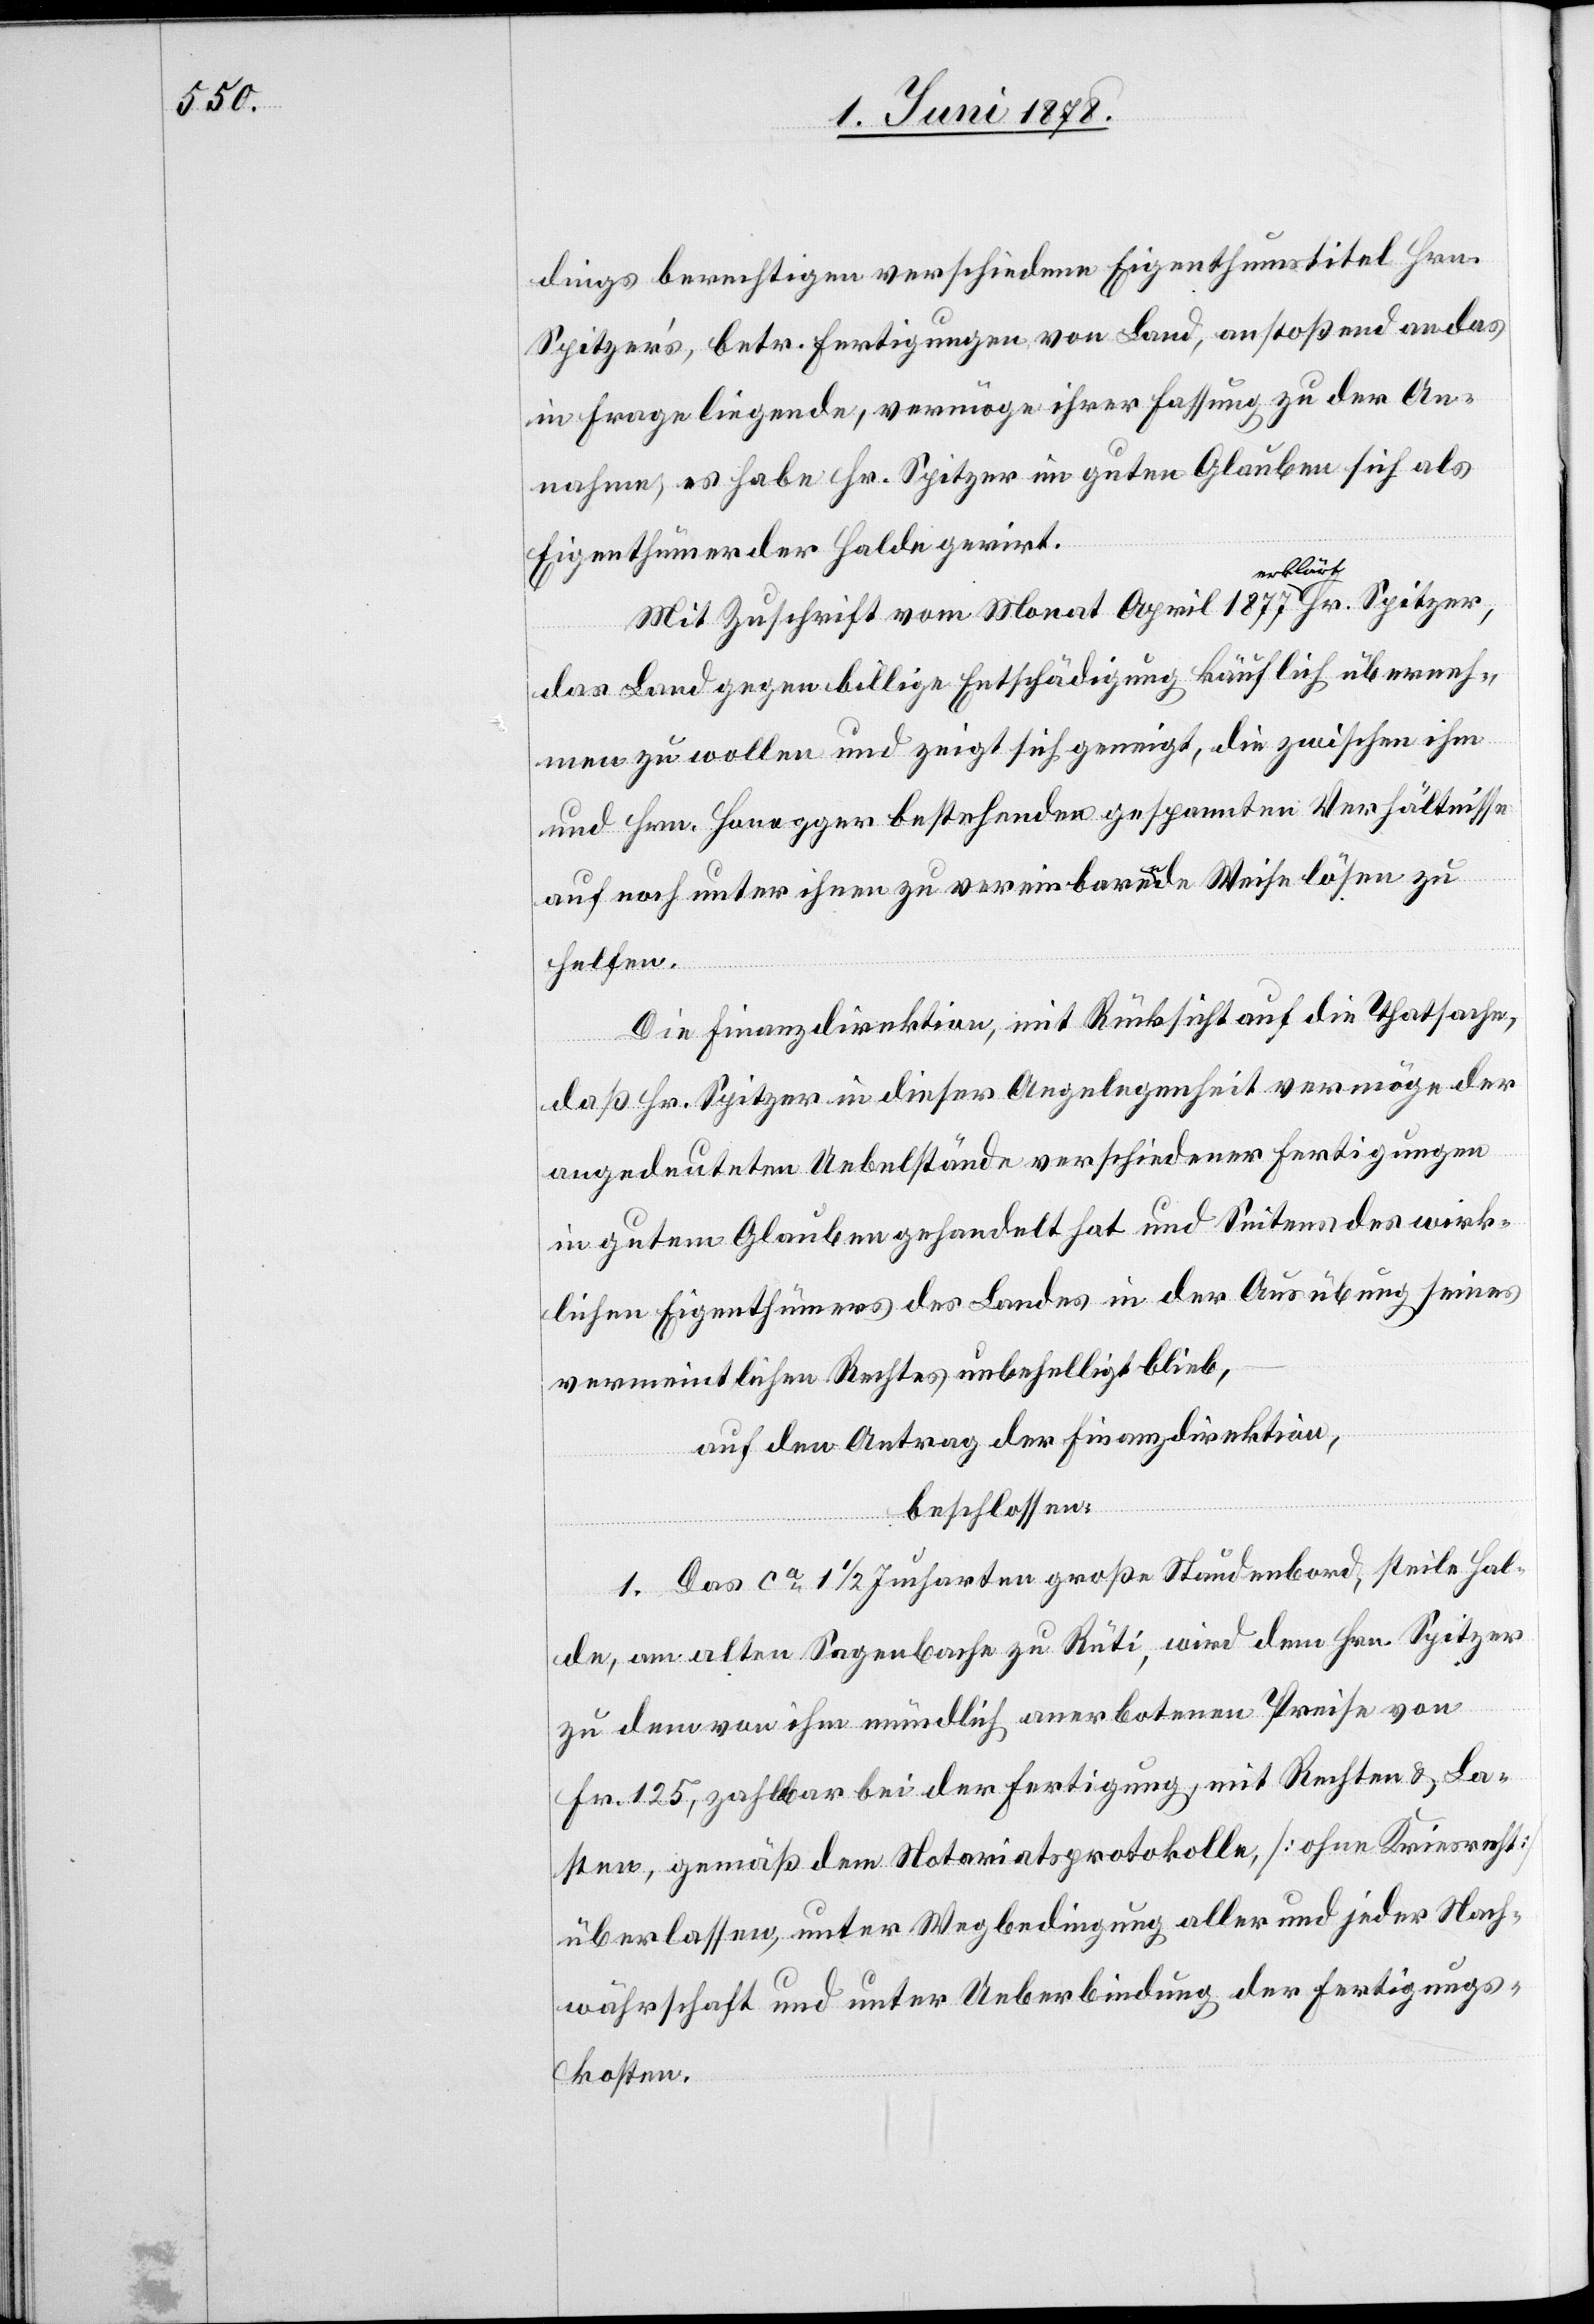
dings berechtigen verschiedene Eigenthumstitel Hrn.
Spitzer’s, betr. Fertigungen von Land, anstoßend an das
in Frage liegende, vermöge ihrer Fassung zu der An¬
nahme, es habe Hr. Spitzer im guten Glauben sich als
Eigenthümer der Halde gerirt.
Mit Zuschrift vom Monat April 1877 erklärt Hr. Spitzer,
das Land gegen billige Entschädigung käuflich überneh¬
men zu wollen und zeigt sich geneigt, die zwischen ihm
und Hrn. Honegger bestehenden gespannten Verhältnisse
auf noch unter ihnen zu vereinbarende Weise lösen zu
helfen.
Die Finanzdirektion, mit Rücksicht auf die Thatsache,
daß Hr. Spitzer in dieser Angelegenheit vermöge der
angedeuteten Uebelstände verschiedener Fertigungen
in gutem Glauben gehandelt hat und Seitens des wirk¬
lichen Eigenthümers des Landes in der Ausübung seines
vermeintlichen Rechtes unbehelligt blieb,
auf den Antrag der Finanzdirektion,
beschlossen;
1. Das ca 1 1/2 Jucharten große Staudenbord, steile Hal¬
de, am alten Sagenbache zu Rüti, wird dem Hrn. Spitzer
zu dem von ihm mündlich anerbotenen Preise von
Fr. 125, zahlbar bei der Fertigung, mit Rechten & La¬
sten, gemäß dem Notariatsprotokolle, [ohne Kreisrecht]
überlassen, unter Wegbedingung aller und jeder Nach¬
wärschaft und unter Ueberbindung der Fertigungs¬
kosten.